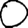
Digit: 0